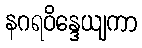
နဂရဝိန္ဒေယျကာ